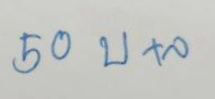
50 บ+ล